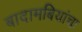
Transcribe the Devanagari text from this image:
बादामबियांचा